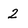
Character: 2